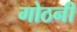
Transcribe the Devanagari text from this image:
गोठनी